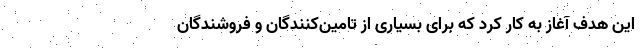
این هدف آغاز به کار کرد که برای بسیاری از تامین‌کنندگان و فروشندگان